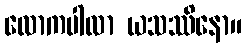
လောကပါလာ ယသဿိနော။